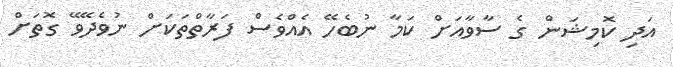
އަދި ކޮމިޝަން ގެ ސާވާއަށް ކަމާ ނުބެހޭ އެއްވެސް ފަރާތްތަކަށް ނުވެދޭވޭ ގޮތަށް